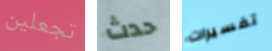
تجعلين حدث تفسيرات